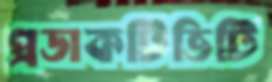
প্রডাকটিভিটি